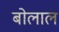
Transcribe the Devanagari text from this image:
बोलाल